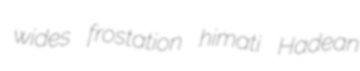
wides frostation himati Hadean